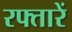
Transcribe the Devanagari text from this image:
रफ्तारें